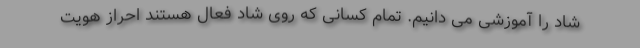
شاد را آموزشی می دانیم. تمام کسانی که روی شاد فعال هستند احراز هویت